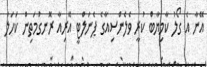
އޭނާ އެ ގޯލު ކާމިޔާބް ކުރީ ވެލެންސިއާގެ ޕެނަލްޓީ އޭރިއާ ރޮނގުމަތިން ކަހަލަ